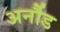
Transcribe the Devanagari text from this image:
अर्नौड